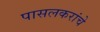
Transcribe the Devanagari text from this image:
पासलकरांचे